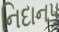
નિદાન૫